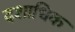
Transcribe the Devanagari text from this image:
दशाधिक